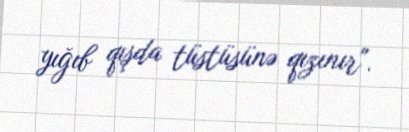
yığıb qışda tüstüsünə qızınır".